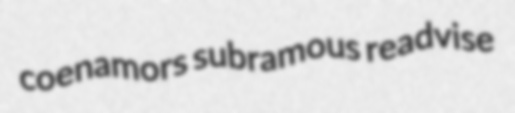
coenamors subramous readvise